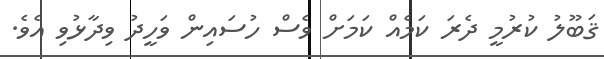
ޤަބޫލު ކުރުމީ ދެރަ ކަމެއް ކަމަށް ވެސް ހުސައިން ވަހީދު ވިދާޅުވި އެވެ.